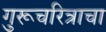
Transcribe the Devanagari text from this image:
गुरूचरित्राचा